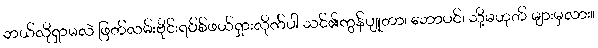
ဘယ်လိုရှာမလဲ ဖြတ်လမ်းဗိုင်းရပ်စ်ဖယ်ရှားလိုက်ပါ သင်၏ကွန်ပျူတာ၊ ဘောပင်၊ သို့မဟုတ် များမှလား။